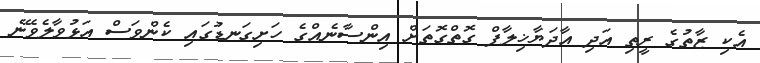
އެކި ޒާތުގެ ރީތި އަދި އާދަޔާޚިލާފް ގޮތްގޮތަށް އިންސާނެއްގެ ހަށިގަނޑުގައި ކެންވަސް އަޅުވާލެވޭނެ